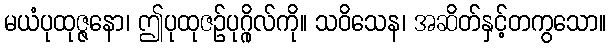
မယံပုထုဇ္ဇနော၊ ဤပုထုဇဉ်ပုဂ္ဂိုလ်ကို။ သဝိသေန၊ အဆိတ်နှင့်တကွသော။